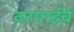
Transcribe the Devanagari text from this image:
वरमाईचे